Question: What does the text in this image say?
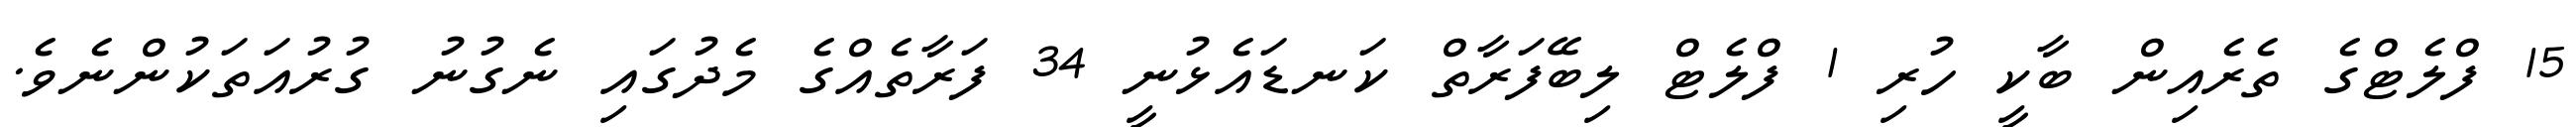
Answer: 15 ފްލެޓްގެ ތެރެއިން ބާކީ ހުރި 1 ފްލެޓް ލިބޭފަރާތް ކަނޑައެޅުނީ 34 ފަރާތެއްގެ މެދުގައި ނެގުނު ގުރުއަތަކުންނެވެ.